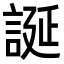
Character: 誕